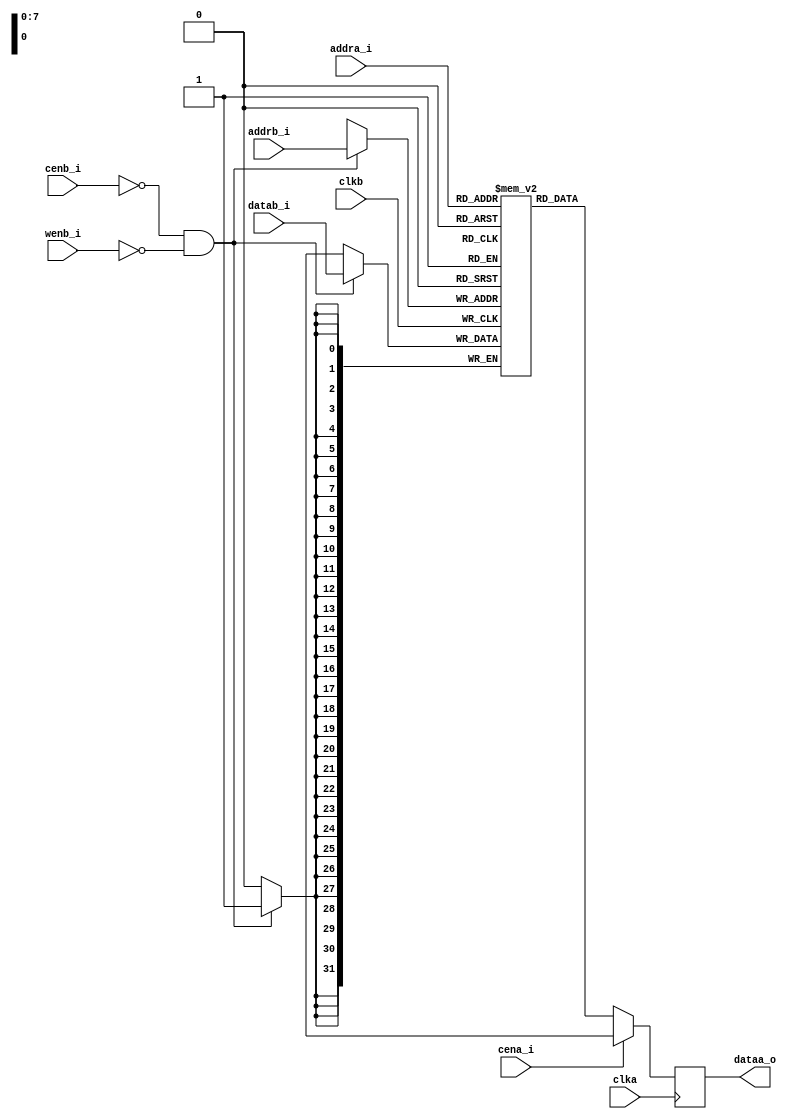
module rf_2p (
				clka    ,  
				cena_i  ,
		        addra_i ,
		        dataa_o ,
				clkb    ,     
				cenb_i  ,   
				wenb_i  ,   
				addrb_i	,  
				datab_i
);

// ********************************************
//                                             
//    Parameter DECLARATION                    
//                                             
// ********************************************
parameter     		Word_Width=32;
parameter	  		Addr_Width=8;

// ********************************************
//                                             
//    Input/Output DECLARATION                    
//                                             
// ********************************************
// A port
input                     clka;      // clock input
input   		          cena_i;    // chip enable, low active
input   [Addr_Width-1:0]  addra_i;   // address input
output	[Word_Width-1:0]  dataa_o;   // data output

// B Port
input                     clkb;      // clock input                     
input   		          cenb_i;    // chip enable, low active      
input   		          wenb_i;    // write enable, low active        
input   [Addr_Width-1:0]  addrb_i;   // address input                   
input   [Word_Width-1:0]  datab_i;   // data input                     

// ********************************************
//                                             
//    Register DECLARATION                 
//                                             
// ********************************************
reg    [Word_Width-1:0]   mem_array[(1<<Addr_Width)-1:0];

// ********************************************
//                                             
//    Wire DECLARATION                 
//                                             
// ********************************************
reg	   [Word_Width-1:0]  dataa_r;

// ********************************************
//                                             
//    Logic DECLARATION                 
//                                             
// ********************************************
// -- A Port --//
always @(posedge clka) begin
	if (!cena_i)
		dataa_r <= mem_array[addra_i];
	else
		dataa_r <= 'bx;
end

assign dataa_o = dataa_r;

// -- B Port --//
always @(posedge clkb) begin                
	if(!cenb_i && !wenb_i) 
		mem_array[addrb_i] <= datab_i;
end

endmodule